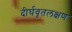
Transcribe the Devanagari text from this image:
दीर्घवृतलक्षण